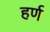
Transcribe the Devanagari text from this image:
हर्ण